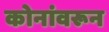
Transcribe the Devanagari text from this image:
कोनांवरून